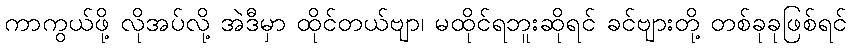
ကာကွယ်ဖို့ လိုအပ်လို့ အဲဒီမှာ ထိုင်တယ်ဗျာ၊ မထိုင်ရဘူးဆိုရင် ခင်ဗျားတို့ တစ်ခုခုဖြစ်ရင်